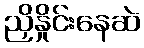
ညှိနှိုင်းနေဆဲ